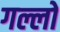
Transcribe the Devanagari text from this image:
गल्लो